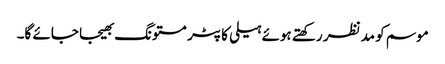
موسم کو مدنظر رکھتے ہوئے ہیلی کاپٹر مستونگ بھیجا جائے گا۔